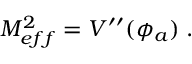
M _ { e f f } ^ { 2 } = V ^ { \prime \prime } ( \phi _ { a } ) \; .